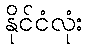
နိုင်ငံလုံး